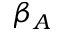
\beta _ { A }